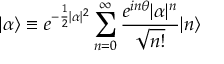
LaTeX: | \alpha \rangle \equiv e ^ { - \frac { 1 } { 2 } | \alpha | ^ { 2 } } \sum _ { n = 0 } ^ { \infty } \frac { e ^ { i n \theta } | \alpha | ^ { n } } { \sqrt { n ! } } | n \rangle